Protection of India from yellow fever
Disease focus: Fever
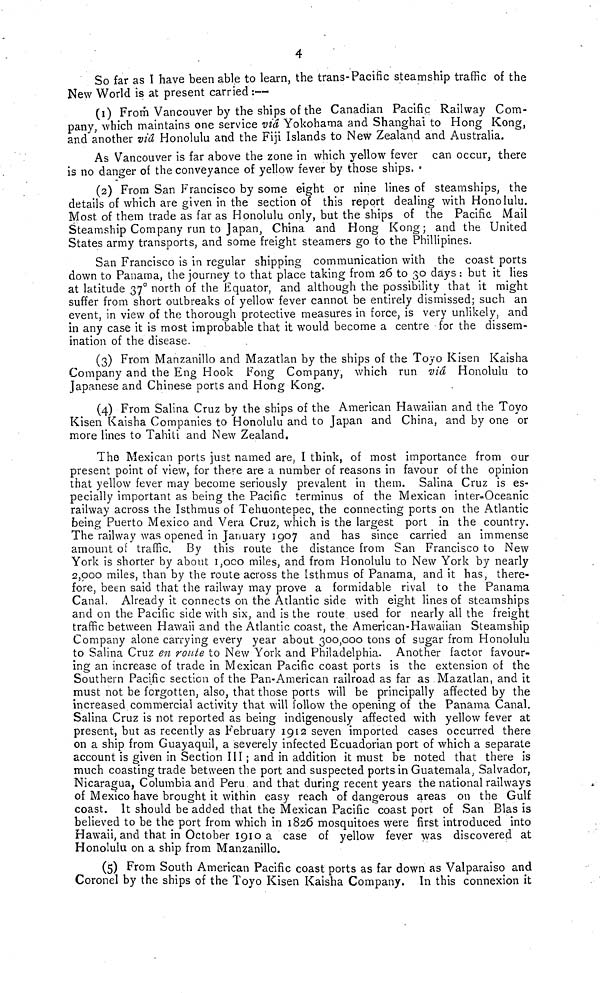
4
So far as I have been able to learn, the trans-Pacific steamship traffic of the
New World is at present carried:—
(1) From Vancouver by the ships of the Canadian Pacific Railway Com-
pany, which maintains one service viá Yokohama and Shanghai to Hong Kong,
and another vid Honolulu and the Fiji Islands to New Zealand and Australia.
As Vancouver is far above the zone in which yellow fever can occur, there
is no danger of the conveyance of yellow fever by those ships,
(2) From San Francisco by some eight or nine lines of steamships, the
details of which are given in the section of this report dealing with Honolulu.
Most of them trade as far as Honolulu only, but the ships of the Pacific Mail
Steamship Company run to Japan, China and Hong Kong; and the United
States army transports, and some freight steamers go to the Phillipines.
San Francisco is in regular shipping communication with the coast ports
down to Panama, the journey to that place taking from 26 to 30 days : but it lies
at latitude 37° north of the Equator, and although the possibility that it might
suffer from short outbreaks of yellow fever cannot be entirely dismissed; such an
event, in view of the thorough protective measures in force, is very unlikely, and
in any case it is most improbable that it would become a centre for the dissem-
ination of the disease.
(3) From Manzanillo and Mazatlan by the ships of the Toyo Kisen Kaisha
Company and the Eng Hook Fong Company, which run via Honolulu to
Japanese and Chinese ports and Hong Kong.
(4) From Salina Cruz by the ships of the American Hawaiian and the Toyo
Kisen Kaisha Companies to Honolulu and to Japan and China, and by one or
more lines to Tahiti and New Zealand.
The Mexican ports just named are, I think, of most importance from our
present point of view, for there are a number of reasons in favour of the opinion
that yellow fever may become seriously prevalent in them. Salina Cruz is es-
pecially important as being the Pacific terminus of the Mexican inter-Oceanic
railway across the Isthmus of Tehuontepec, the connecting ports on the Atlantic
being Puerto Mexico and Vera Cruz, which is the largest port in the country.
The railway was opened in January 1907 and has since carried an immense
amount of traffic. By this route the distance from San Francisco to New
York is shorter by about 1,000 miles, and from Honolulu to New York by nearly
2,000 miles, than by the route across the isthmus of Panama, and it has, there-
fore, been said that the railway may prove a formidable rival to the Panama
Canal. Already it connects on the Atlantic side with eight lines of steamships
and on the Pacific side with six, and is the route used for nearly all the freight
traffic between Hawaii and the Atlantic coast, the American-Hawaiian Steamship
Company alone carrying every year about 300,000 tons of sugar from Honolulu
to Salina Cruz en route to New York and Philadelphia. Another factor favour-
ing an increase of trade in Mexican Pacific coast ports is the extension of the
Southern Pacific section of the Pan-American railroad as far as Mazatlan, and it
must not be forgotten, also, that those ports will be principally affected by the
increased commercial activity that will follow the opening of the Panama Canal.
Salina Cruz is not reported as being indigenously affected with yellow fever at
present, but as recently as February 1912 seven imported cases occurred there
on a ship from Guayaquil, a severely infected Ecuadorian port of which a separate
account is given in Section III ; and in addition it must be noted that there is
much coasting trade between the port and suspected ports in Guatemala, Salvador,
Nicaragua, Columbia and Peru and that during recent years the national railways
of Mexico have brought it within easy reach of dangerous areas on the Gulf
coast. It should be added that the Mexican Pacific coast port of San Bias is
believed to be the port from which in 1826 mosquitoes were first introduced into
Hawaii, and that in October 1910 a case of yellow fever was discovered at
Honolulu on a ship from Manzanillo.
(5) From South American Pacific coast ports as far down as Valparaiso and
Coronel by the ships of the Toyo Kisen Kaisha Company. In this connexion it